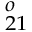
_ { 2 1 } ^ { o }